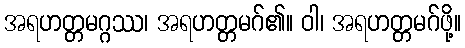
အရဟတ္တမဂ္ဂဿ၊ အရဟတ္တမဂ်၏။ ဝါ၊ အရဟတ္တမဂ်ဖို့။